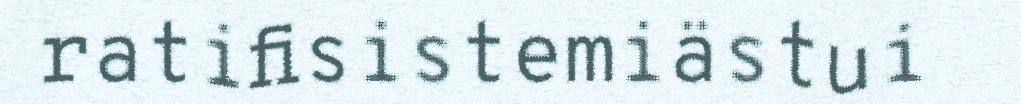
ratifisistemiästui